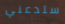
ستدعني